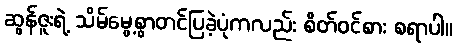
ဆွန်ဇူးရဲ့ သိမ်မွေ့စွာတင်ပြခဲ့ပုံကလည်း စိတ်ဝင်စား စရာပါ။